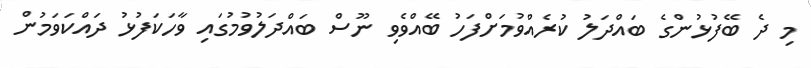
މި ދެ ބޭފުޅުންގެ ބައްދަލު ކުރެއްވުމަށްފަހު ބޭއްވެވި ނޫސް ބައްދަލުވުމުގައި ވާހަކަފުޅު ދައްކަވަމުން